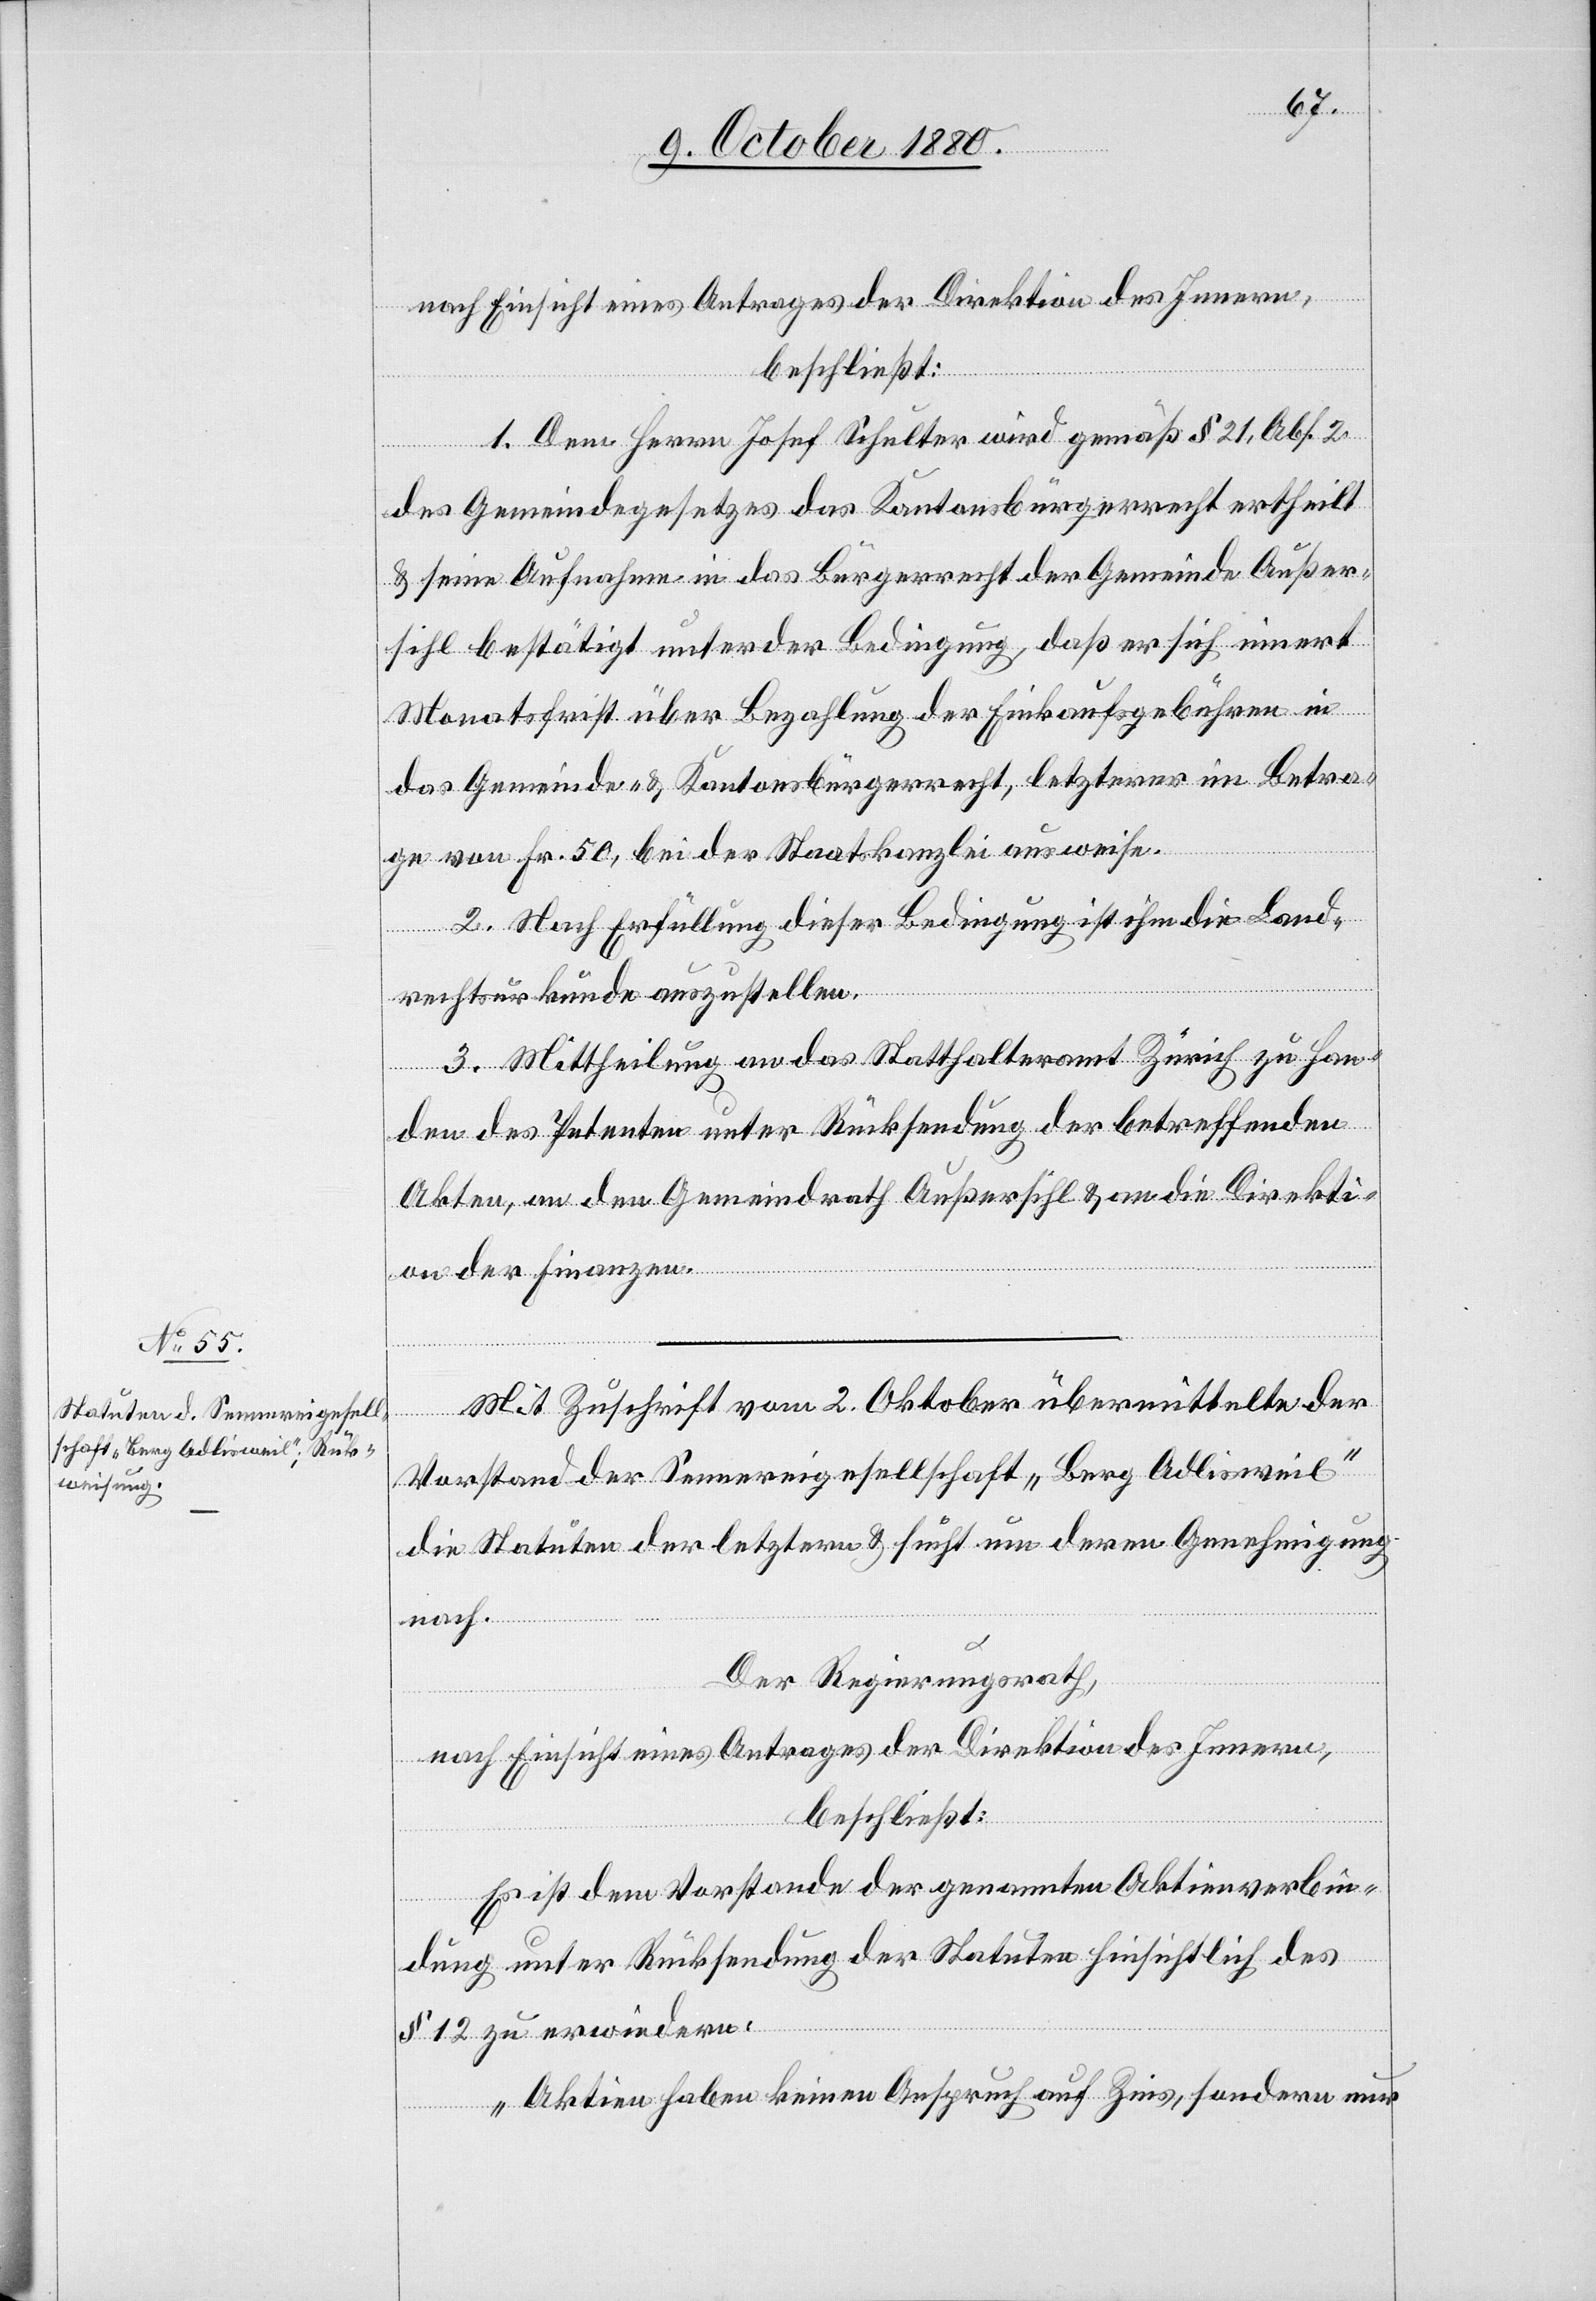
1. Dem Herrn Josef Schulter wird gemäß § 21, Abs. 2
des Gemeindegesetzes das Kantonsbürgerrecht ertheilt
& seine Aufnahme in das Bürgerrecht der Gemeinde Außer¬
sihl bestätigt unter der Bedingung, daß er sich innert
Monatsfrist über Bezahlung der Einkaufsgebühren in
das Gemeinde- & Kantonsbürgerrecht, letzterer im Betra¬
g von Fr. 50 bei der Staatskanzlei ausweise.
2. Nach Erfüllung dieser Bedingung ist ihm die Land¬
rechtsurkunde auszustellen.
3. Mittheilung an das Statthalteramt Zürich zu Han¬
den des Petenten unter Rücksendung der betreffenden
Akten, an den Gemeindrath Außersihl & an die Direkti¬
on der Finanzen.
Mit Zuschrift vom 2. Oktober übermittelte der
Vorstand der Sennereigesellschaft „Berg Adlisweil“
die Statuten der letztern & sucht um deren Genehmigung
nach.
Der Regierungsrath,
nach Einsicht eines Antrages der Direktion des Innern,
beschließt:
Es ist dem Vorstande der genannten Aktienverbin¬
dung unter Rücksendung der Statuten hinsichtlich des
§ 12 zu erwiedern:
„Aktien haben keinen Anspruch auf Zins, sondern nur